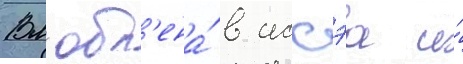
Вл'юбл'ена́ в иссэа и́